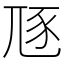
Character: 豗